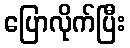
ပြောလိုက်ပြီး